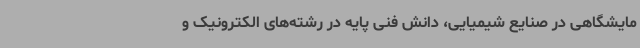
مایشگاهی در صنایع شیمیایی، دانش فنی پایه در رشته‌های الکترونیک و